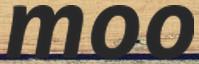
moo